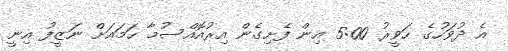
އެ ދުވަހުގެ ހަވީރު 5:00 އިން ފެށިގެން އިރުއޮއްސުމާ ހަމައަށް ނަޒީފު އިނީ